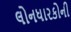
લોનધારકોની